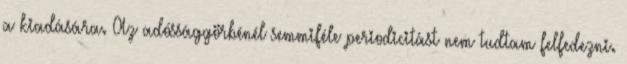
a kiadására. Az adóssággörbénél semmiféle periodicitást nem tudtam felfedezni.